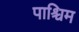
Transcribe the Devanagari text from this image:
पाश्चिम